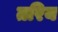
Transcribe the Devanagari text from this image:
तरिय